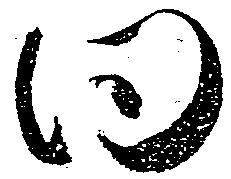
同